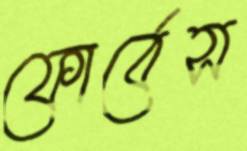
ফোর্বেস